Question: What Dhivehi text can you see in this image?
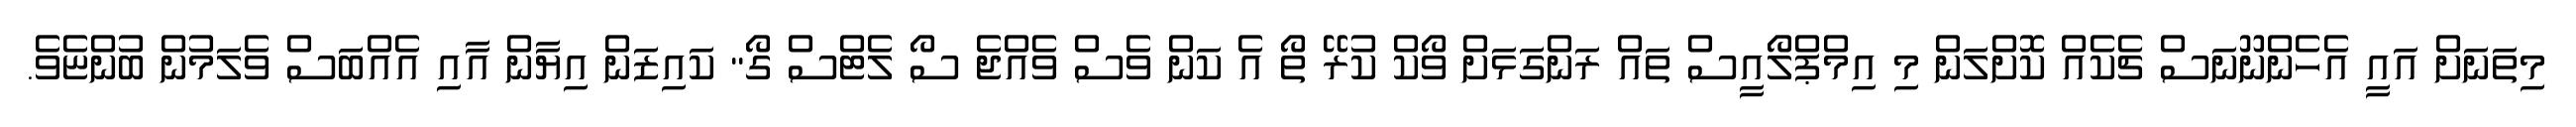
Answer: މިތަނަށް އައީ އެހެންނޫނަސް ޗެކެއް ކޮށްލަން މި އިމްޕްލޯއީސް ތައް ރަންގަޅަށް ވޯކް ކުރޭ ތޯ އެ ކަން ވެސް ވެއްޖެ ސޯ ލެޓްސް ގޯ" ކައިޒަން އިޔާން އާއި އެއްބަސް ވެލަމުން ބުންޏެވެ.